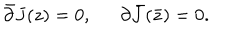
\bar { \partial } { J ( z ) } = 0 , \, \, \, \, \, \, \, \, \, { \partial } { \bar { J } ( \bar { z } ) } = 0 .